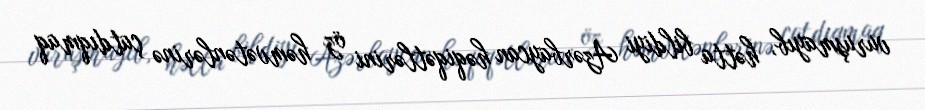
vuruşmayıb, hətta bildiyi Azərbaycan həqiqətlərini öz həmvətənlərinə çatdıqmaq